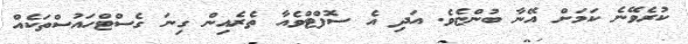
ކުރެވޭނެ ކަމަށް އޭނާ ބުންޏެވެ. އަދި އެ ސޮފްޓްވެއާ ތެރެއިން ގިނަ ގެސްޓްހައުސްތަކެއް